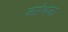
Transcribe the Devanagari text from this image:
करंभक